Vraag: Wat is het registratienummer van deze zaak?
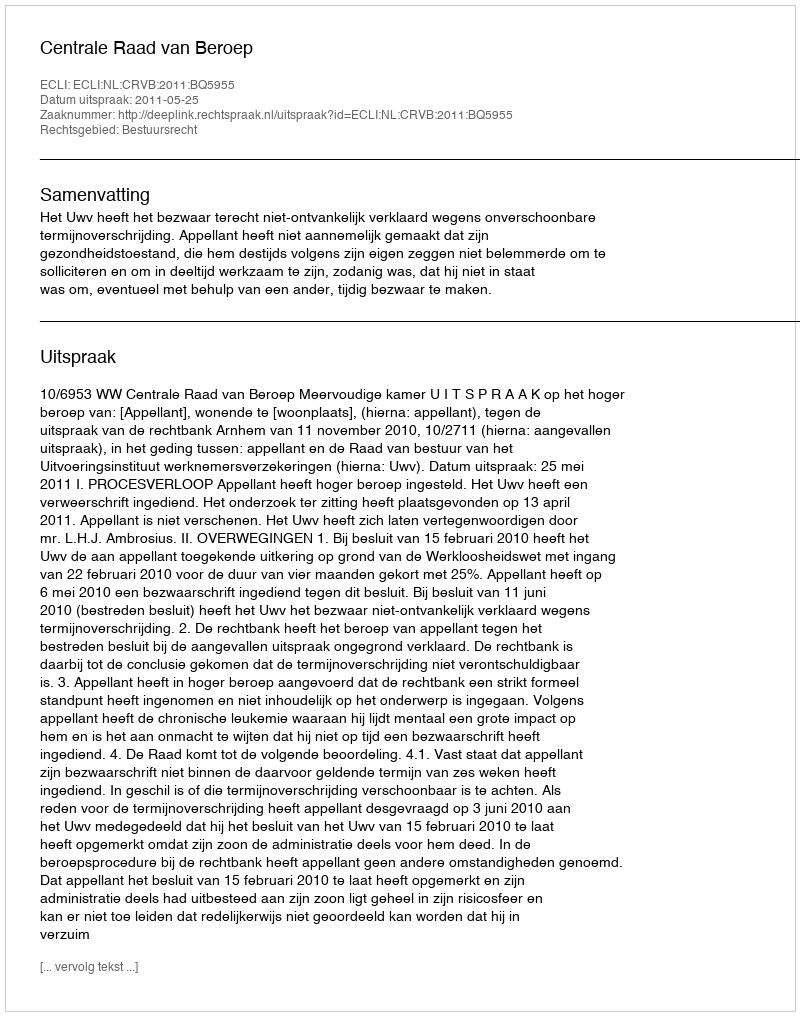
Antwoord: http://deeplink.rechtspraak.nl/uitspraak?id=ECLI:NL:CRVB:2011:BQ5955